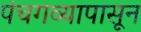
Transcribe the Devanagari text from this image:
पंचगव्यापासून